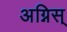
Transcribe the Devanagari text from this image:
अग्निस्